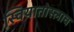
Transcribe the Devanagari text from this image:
स्वियातोस्लाव